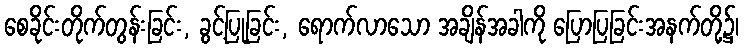
စေခိုင်းတိုက်တွန်းခြင်း, ခွင့်ပြုခြင်း, ရောက်လာသော အချိန်အခါကို ပြောပြခြင်းအနက်တို့၌၊